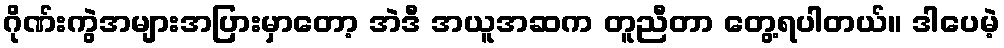
ဂိုဏ်းကွဲအများအပြားမှာတော့ အဲဒီ အယူအဆက တူညီတာ တွေ့ရပါတယ်။ ဒါပေမဲ့